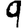
Digit: 9